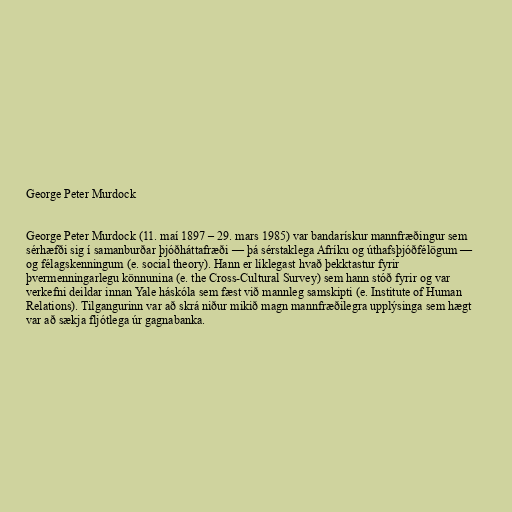
George Peter Murdock

George Peter Murdock (11. maí 1897 – 29. mars 1985) var bandarískur mannfræðingur sem
sérhæfði sig í samanburðar þjóðháttafræði — þá sérstaklega Afríku og úthafsþjóðfélögum —
og félagskenningum (e. social theory). Hann er líklegast hvað þekktastur fyrir
þvermenningarlegu könnunina (e. the Cross-Cultural Survey) sem hann stóð fyrir og var
verkefni deildar innan Yale háskóla sem fæst við mannleg samskipti (e. Institute of Human
Relations). Tilgangurinn var að skrá niður mikið magn mannfræðilegra upplýsinga sem hægt
var að sækja fljótlega úr gagnabanka.